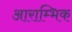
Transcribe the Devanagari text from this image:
आराम्भिक